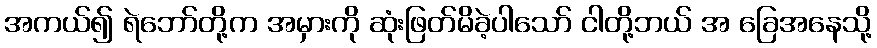
အကယ်၍ ရဲဘော်တို့က အမှားကို ဆုံးဖြတ်မိခဲ့ပါသော် ငါတို့ဘယ် အ ခြေအနေသို့